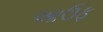
આઉફ